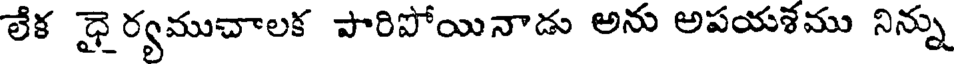
లేక ధై ర్యముచాలక పారిపోయినాడు అను అపయశము నిన్ను